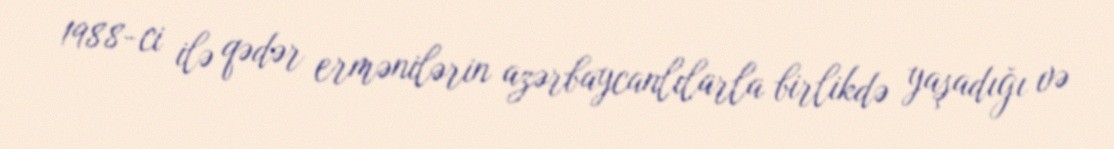
1988-ci ilə qədər ermənilərin azərbaycanlılarla birlikdə yaşadığı və